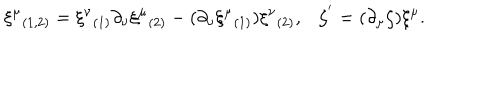
\xi ^ { \mu } { } _ { ( 1 , 2 ) } = \xi ^ { \nu } { } _ { ( 1 ) } \partial _ { \nu } \xi ^ { \mu } { } _ { ( 2 ) } - ( \partial _ { \nu } \xi ^ { \mu } { } _ { ( 1 ) } ) \xi ^ { \nu } { } _ { ( 2 ) } , \zeta ^ { ' } = ( \partial _ { \mu } \zeta ) \xi ^ { \mu } . \nonumber